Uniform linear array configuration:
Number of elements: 64
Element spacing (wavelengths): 0.5
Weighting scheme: hamming
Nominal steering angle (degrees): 60
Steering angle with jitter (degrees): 60.93
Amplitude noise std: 0.05
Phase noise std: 0.05

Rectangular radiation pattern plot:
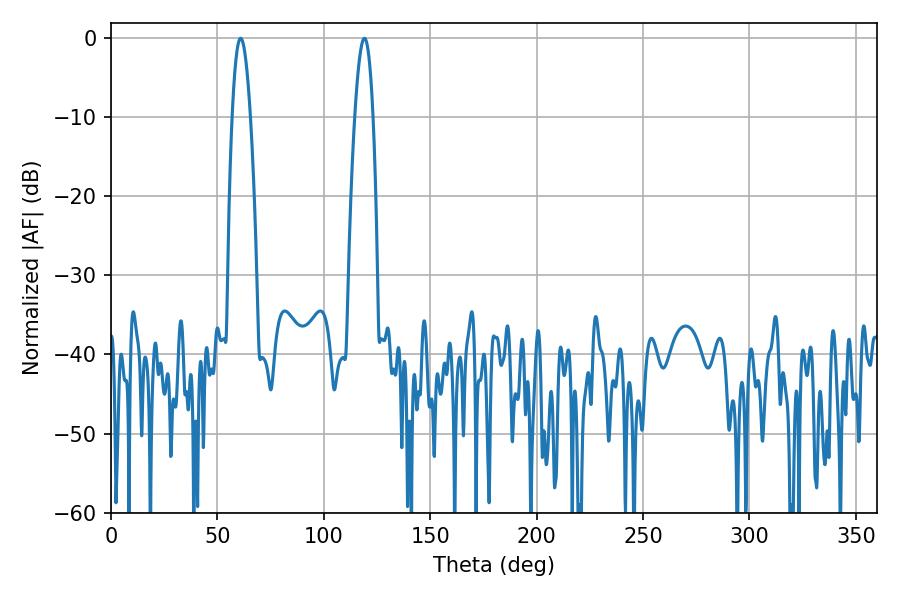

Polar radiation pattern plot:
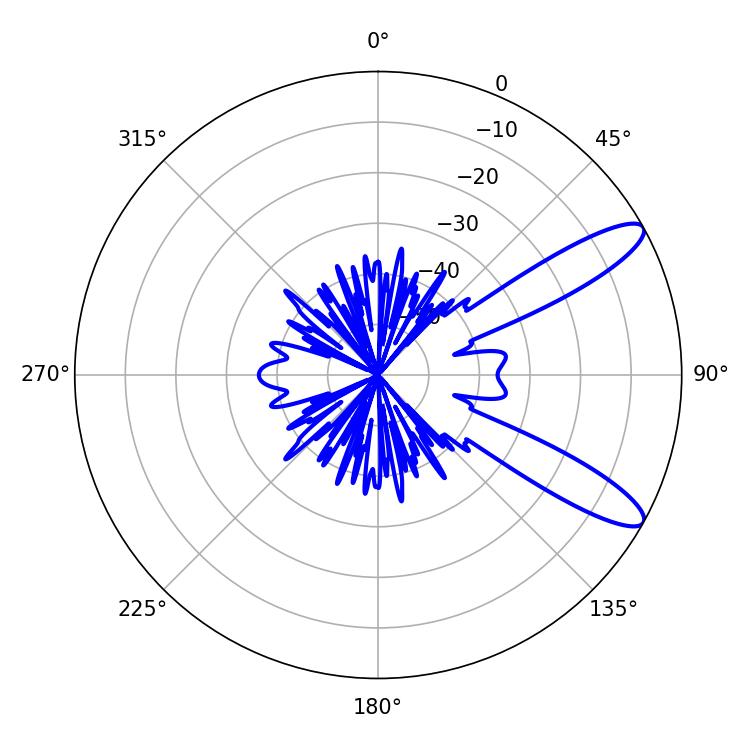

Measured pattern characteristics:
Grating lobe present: FALSE
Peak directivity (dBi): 11.075
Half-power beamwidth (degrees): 4.68
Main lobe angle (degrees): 60.84